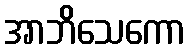
အာဘိသေကော